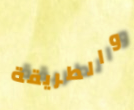
والطريقة